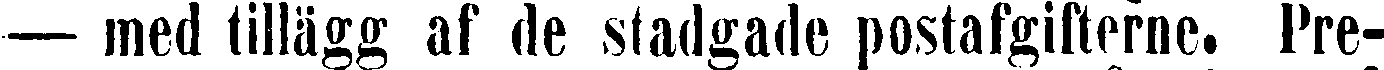
— med tillägg af de stadgade postafgifterne. Pre-